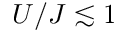
U / J \lesssim 1